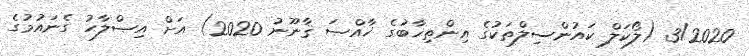
3/2020 (ލޯކަލް ކައުންސިލްތަކުގެ އިންތިޚާބުގެ ޚާއްޞަ ޤާނޫނު 2020) އަށް އިޞްލާޙު ގެނައުމުގެ